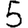
Digit: 5